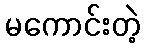
မကောင်းတဲ့